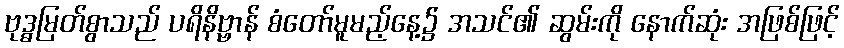
ဗုဒ္ဓမြတ်စွာသည် ပရိနိဗ္ဗာန် စံတော်မူမည့်နေ့၌ အသင်၏ ဆွမ်းကို နောက်ဆုံး အဖြစ်ဖြင့်